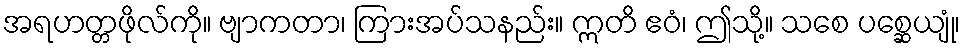
အရဟတ္တဖိုလ်ကို။ ဗျာကတာ၊ ကြားအပ်သနည်း။ ဣတိ ဧဝံ၊ ဤသို့။ သစေ ပစ္ဆေယျုံ၊